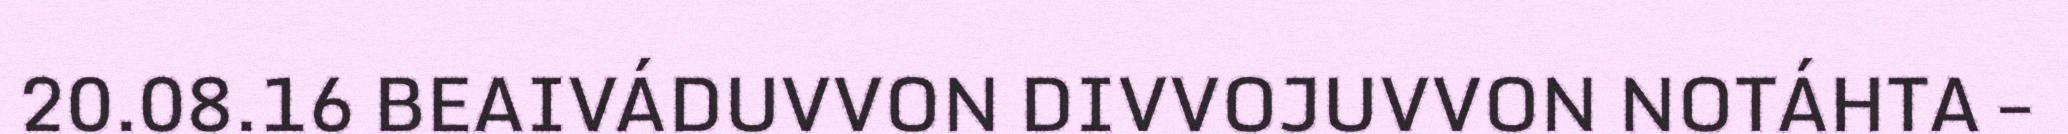
20.08.16 BEAIVÁDUVVON DIVVOJUVVON NOTÁHTA –